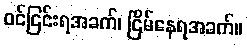
ဝင်ငြင်းရအခက်၊ ငြိမ်နေရအခက်။